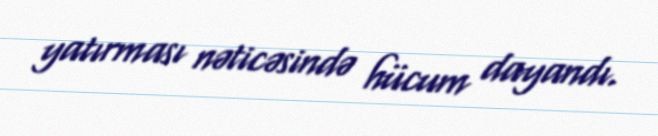
yatırması nəticəsində hücum dayandı.